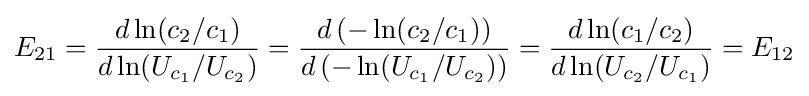
E_{21}={\frac {d\ln(c_{2}/c_{1})}{d\ln(U_{c_{1}}/U_{c_{2}})}}={\frac {d\left(-\ln(c_{2}/c_{1})\right)}{d\left(-\ln(U_{c_{1}}/U_{c_{2}})\right)}}={\frac {d\ln(c_{1}/c_{2})}{d\ln(U_{c_{2}}/U_{c_{1}})}}=E_{12}